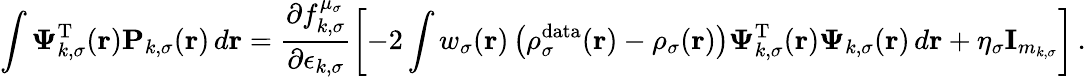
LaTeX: \int\boldsymbol{\Psi}_{k,\sigma}^{\mathrm{T}}(\boldsymbol{\textbf{r}})\mathbf{P}_{k,\sigma}(\boldsymbol{\textbf{r}})\, d\boldsymbol{\textbf{r}}=\frac{\partial f_{k,\sigma}^{\mu_{\sigma}}}{\partial\epsilon_{k,\sigma}}\left[-2\int w_{\sigma}(\boldsymbol{\textbf{r}})\left(\rho_{\sigma}^{\mathrm{data}}(\boldsymbol{\textbf{r}})-\rho_{\sigma}(\boldsymbol{\textbf{r}})\right)\boldsymbol{\Psi}_{k,\sigma}^{\mathrm{T}}(\boldsymbol{\textbf{r}})\boldsymbol{\Psi}_{k,\sigma}(\boldsymbol{\textbf{r}})\, d\boldsymbol{\textbf{r}}+\eta_{\sigma}\textbf{I}_{m_{k,\sigma}}\right]\, .